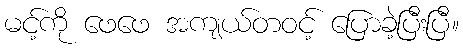
မင့်ကို ဖေဖေ အကျယ်တဝင့် ပြောခဲ့ပြီးပြီ။